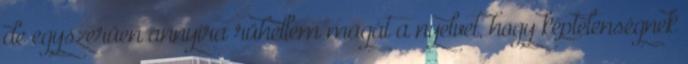
de egyszerűen annyira rühellem magát a nyelvet, hogy képtelenségnek